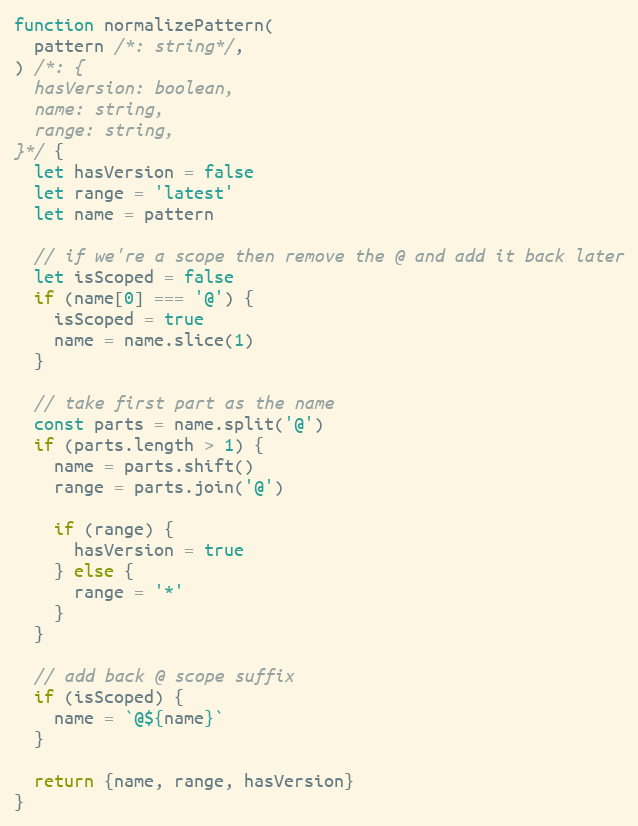
Language: JavaScript
function normalizePattern(
  pattern /*: string*/,
) /*: {
  hasVersion: boolean,
  name: string,
  range: string,
}*/ {
  let hasVersion = false
  let range = 'latest'
  let name = pattern

  // if we're a scope then remove the @ and add it back later
  let isScoped = false
  if (name[0] === '@') {
    isScoped = true
    name = name.slice(1)
  }

  // take first part as the name
  const parts = name.split('@')
  if (parts.length > 1) {
    name = parts.shift()
    range = parts.join('@')

    if (range) {
      hasVersion = true
    } else {
      range = '*'
    }
  }

  // add back @ scope suffix
  if (isScoped) {
    name = `@${name}`
  }

  return {name, range, hasVersion}
}